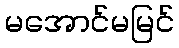
မအောင်မမြင်